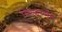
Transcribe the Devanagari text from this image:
सिल्वरमॅन